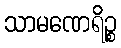
သာမဏေရိဉ္စ